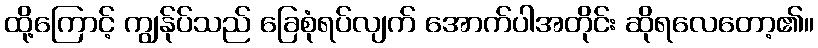
ထို့ကြောင့် ကျွန်ုပ်သည် ခြေစုံရပ်လျက် အောက်ပါအတိုင်း ဆိုရလေတော့၏။